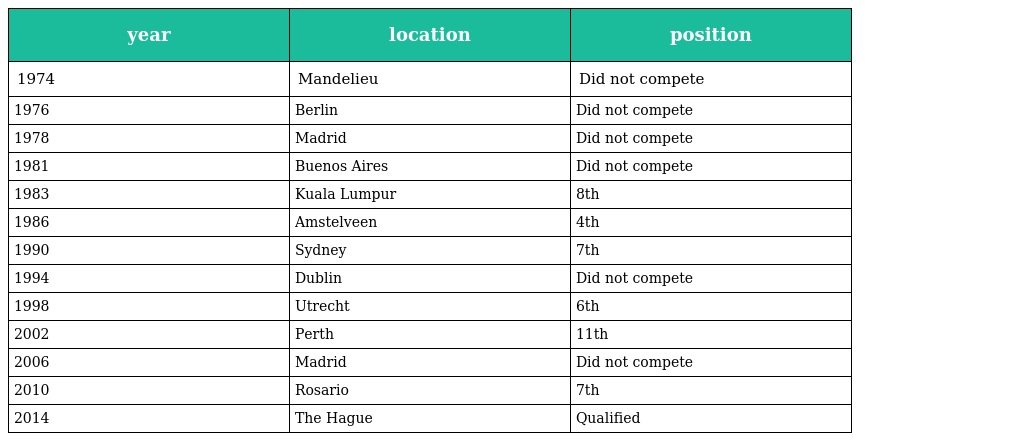
| year | location | position |
 | --- | --- | --- |
 | 1974 | Mandelieu | Did not compete |
 | 1976 | Berlin | Did not compete |
 | 1978 | Madrid | Did not compete |
 | 1981 | Buenos Aires | Did not compete |
 | 1983 | Kuala Lumpur | 8th |
 | 1986 | Amstelveen | 4th |
 | 1990 | Sydney | 7th |
 | 1994 | Dublin | Did not compete |
 | 1998 | Utrecht | 6th |
 | 2002 | Perth | 11th |
 | 2006 | Madrid | Did not compete |
 | 2010 | Rosario | 7th |
 | 2014 | The Hague | Qualified |